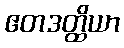
ဧတဒတ္ထိယာ